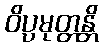
ဝိပ္ပမုတ္တန္တိ